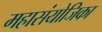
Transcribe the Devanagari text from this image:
महासंयोजिका